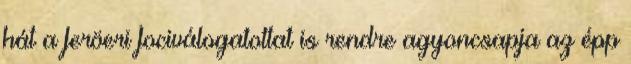
hát a feröeri fociválogatottat is rendre agyoncsapja az épp